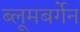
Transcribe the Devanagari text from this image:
ब्लूमबर्गेन